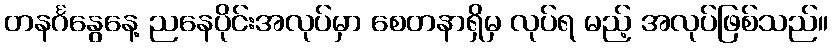
တနင်္ဂနွေနေ့ ညနေပိုင်းအလုပ်မှာ စေတနာရှိမှ လုပ်ရ မည့် အလုပ်ဖြစ်သည်။